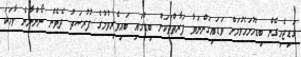
ގަޑިޖެހިގެން ބިޑުހުށަހެޅުމަށް ވަޑައިގަންނަވާ ފަރާތްތަކަށް ބިޑުގައި ބައިވެރިވުމުގެ ފުރުޞަތު ދެވެން ނޯންނާނެ ވާހަކަ